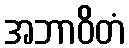
အဘာဝိတံ